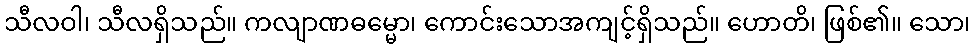
သီလဝါ၊ သီလရှိသည်။ ကလျာဏဓမ္မော၊ ကောင်းသောအကျင့်ရှိသည်။ ဟောတိ၊ ဖြစ်၏။ သော၊